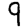
Digit: 9